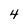
Character: 4